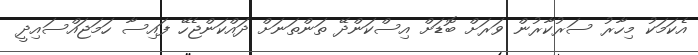
އެކަމަކު މިހާރު ސަރުކާރުން ވަރަށް ބޮޑަށް އިސްކަންދޭ ތަންތަނަށް ދައްކަންޖެހޭ ފައިސާ ހަމަޖައްސައިދީ